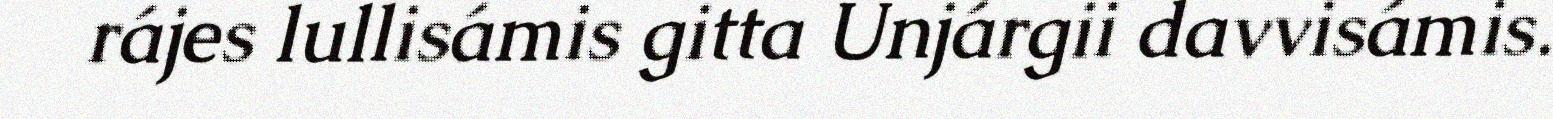
rájes lullisámis gitta Unjárgii davvisámis.